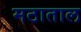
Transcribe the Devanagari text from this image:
मठाताल